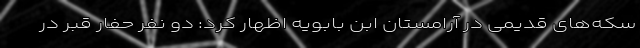
سکه‌های قدیمی در آرامستان ابن بابویه اظهار کرد: دو نفر حفار قبر در